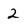
Character: 2